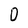
Character: D